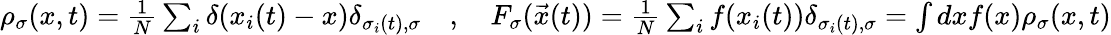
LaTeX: \begin{array}{r}{\rho_{\sigma}(x,t)=\frac{1}{N}\sum_{i}\delta(x_{i}(t)-x)\delta_{\sigma_{i}(t),\sigma}\quad,\quad F_{\sigma}(\vec{x}(t))=\frac{1}{N}\sum_{i}f(x_{i}(t))\delta_{\sigma_{i}(t),\sigma}=\int dxf(x)\rho_{\sigma}(x,t)}\end{array}